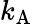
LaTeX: k_{\mathrm{{A}}}